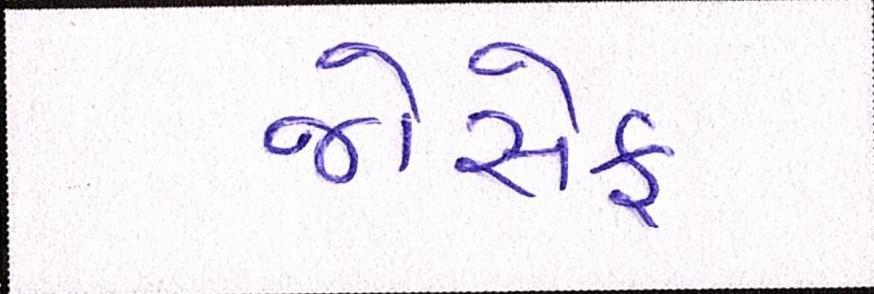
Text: જોસેફ